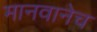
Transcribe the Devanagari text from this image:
मानवानेच